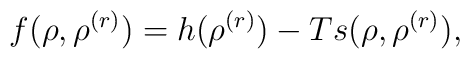
f( \rho, \rho^{(r)})= h( \rho^{(r)}) - T s ( \rho, \rho^{(r)}),